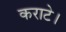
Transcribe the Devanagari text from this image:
कराटे।